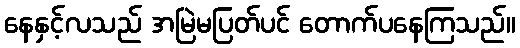
နေနှင့်လသည် အမြဲမပြတ်ပင် တောက်ပနေကြသည်။